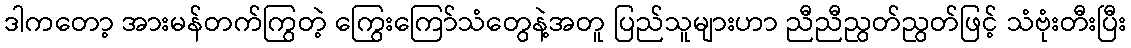
ဒါကတော့ အားမန်တက်ကြွတဲ့ ကြွေးကြော်သံတွေနဲ့အတူ ပြည်သူများဟာ ညီညီညွတ်ညွတ်ဖြင့် သံဗုံးတီးပြီး